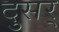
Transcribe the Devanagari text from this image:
दुसर्